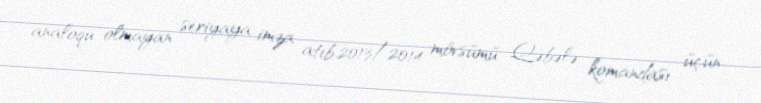
analoqu olmayan seriyaya imza atıb.2013/2014 mövsümü Qəbələ komandası üçün